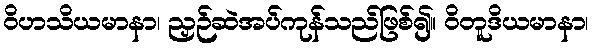
ဝိဟသိယမာနာ၊ ညှဉ်ဆဲအပ်ကုန်သည်ဖြစ်၍။ ဝိတူဒိယမာနာ၊